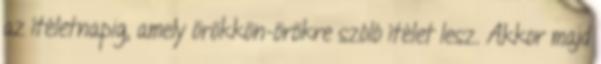
az ítéletnapig, amely örökkön-örökre szóló ítélet lesz. Akkor majd